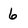
Character: 6